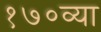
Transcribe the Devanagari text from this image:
१७०व्या